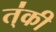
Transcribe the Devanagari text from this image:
त्॑की